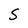
Character: S